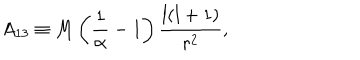
A _ { 1 3 } \equiv M \left( { \frac { 1 } { \alpha } } - 1 \right) { \frac { l ( l + 1 ) } { r ^ { 2 } } } ,